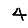
Digit: 4